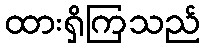
ထားရှိကြသည်